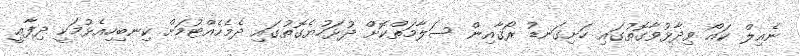
ނެއިލް ކައޯ ވިދާޅުވާގޮތުގައި ހަށިގަނޑު ރޯގާއިން ސަލާމަތްކޮށް ދުޅަހުޔެގޮތުގައި ދެމެހެއްޓުމަށް ކިނބިހިއެޅުމަކީ ދިފާޢީ